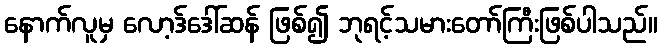
နောက်လူမှ လော့ဒ်ဒေါ်ဆန် ဖြစ်၍ ဘုရင့်သမားတော်ကြီးဖြစ်ပါသည်။